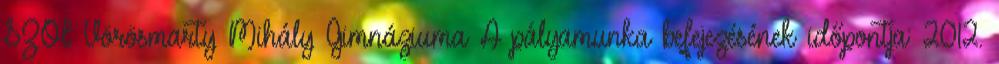
SZOI Vörösmarty Mihály Gimnáziuma A pályamunka befejezésének időpontja: 2012.